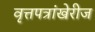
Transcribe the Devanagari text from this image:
वृत्तपत्रांखेरीज